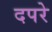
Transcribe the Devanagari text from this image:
दपरे